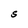
Character: S